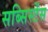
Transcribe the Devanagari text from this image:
सब्सिस्टेंस